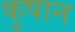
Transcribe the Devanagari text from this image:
कुषान